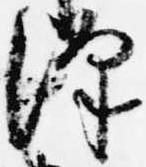
沢